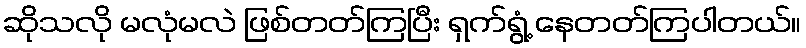
ဆိုသလို မလုံမလဲ ဖြစ်တတ်ကြပြီး ရှက်ရွံ့ နေတတ်ကြပါတယ်။